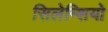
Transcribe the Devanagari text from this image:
सिलेन्शियो